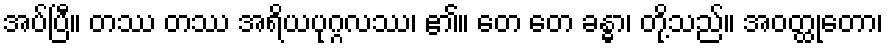
အပ်ပြီ။ တဿ တဿ အရိယပုဂ္ဂလဿ၊ ၏။ တေ တေ ခန္ဓာ၊ တို့သည်။ အဝတ္ထုတော၊